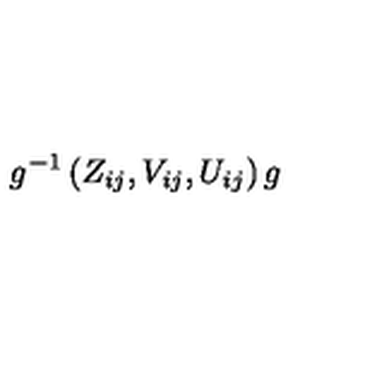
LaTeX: g ^ { - 1 } \left( Z _ { i j } , V _ { i j } , U _ { i j } \right) g